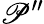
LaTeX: \mathscr{P}^{\prime\prime}